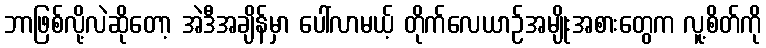
ဘာဖြစ်လို့လဲဆိုတော့ အဲဒီအချိန်မှာ ပေါ်လာမယ့် တိုက်လေယာဉ်အမျိုးအစားတွေက လူ့စိတ်ကို